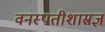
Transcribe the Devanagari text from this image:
वनस्पतीशास्रज्ञ